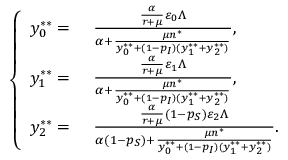
\left\{ \begin{array} { r l } { y _ { 0 } ^ { * * } = } & { { } ~ \frac { \frac { \alpha } { r + \mu } \varepsilon _ { 0 } \Lambda } { \alpha + \frac { \mu n ^ { * } } { y _ { 0 } ^ { * * } + ( 1 - p _ { I } ) ( y _ { 1 } ^ { * * } + y _ { 2 } ^ { * * } ) } } , } \\ { y _ { 1 } ^ { * * } = } & { { } ~ \frac { \frac { \alpha } { r + \mu } \varepsilon _ { 1 } \Lambda } { \alpha + \frac { \mu n ^ { * } } { y _ { 0 } ^ { * * } + ( 1 - p _ { I } ) ( y _ { 1 } ^ { * * } + y _ { 2 } ^ { * * } ) } } , } \\ { y _ { 2 } ^ { * * } = } & { { } ~ \frac { \frac { \alpha } { r + \mu } ( 1 - p _ { S } ) \varepsilon _ { 2 } \Lambda } { \alpha ( 1 - p _ { S } ) + \frac { \mu n ^ { * } } { y _ { 0 } ^ { * * } + ( 1 - p _ { I } ) ( y _ { 1 } ^ { * * } + y _ { 2 } ^ { * * } ) } } . } \end{array} \right.